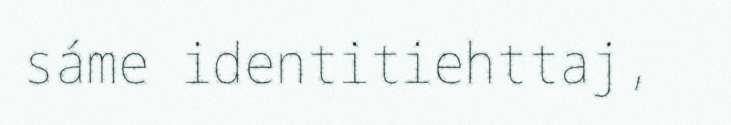
sáme identitiehttaj,